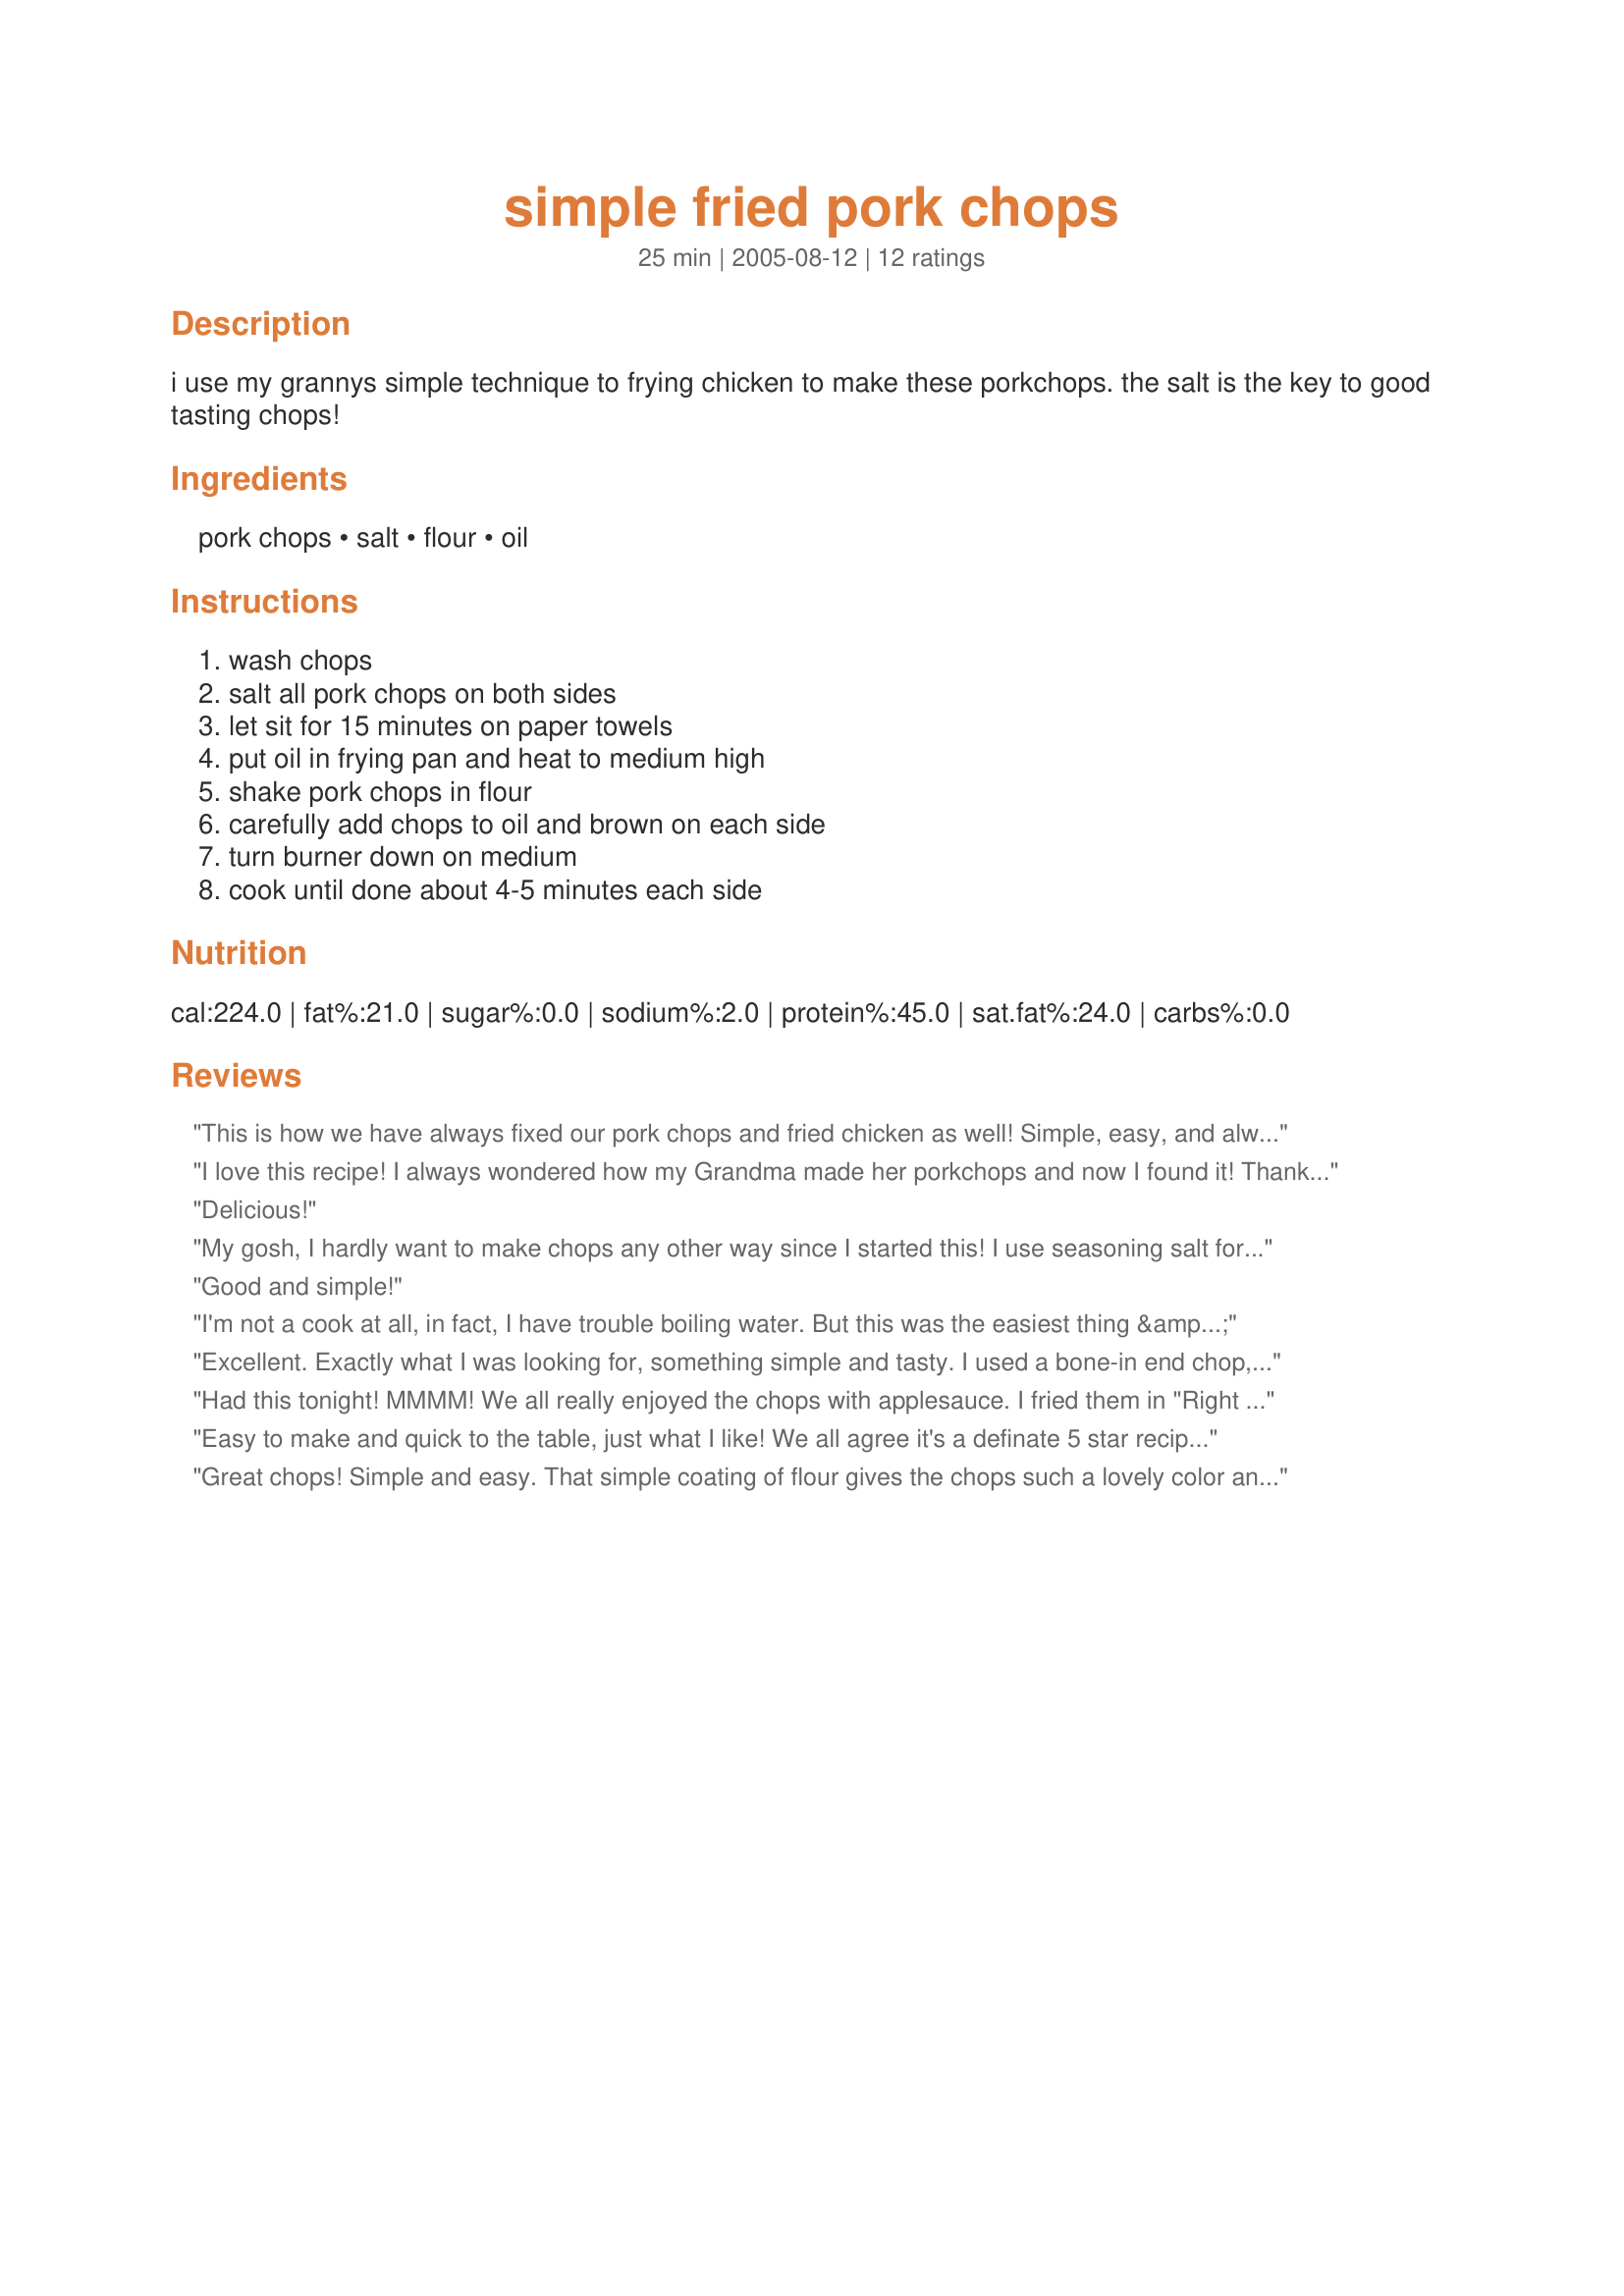
simple fried pork chops
Preparation time: 25 minutes

i use my grannys simple technique to frying chicken to make these porkchops. the salt is the key to good tasting chops!

Ingredients:
pork chops, salt, flour, oil

Steps:
wash chops, salt all pork chops on both sides, let sit for 15 minutes on paper towels, put oil in frying pan and heat to medium high, shake pork chops in flour, carefully add chops to oil and brown on each side, turn burner down on medium, cook until done about 4-5 minutes each side

Reviews:
This is how we have always fixed our pork chops and fried chicken as well! Simple, easy, and always tastes great! Thanks for posting, Chef Mommie!
I love this recipe! I always wondered how my Grandma made her porkchops and now I found it! Thank you.
Delicious!
My gosh, I hardly want to make chops any other way since I started this! I use seasoning salt for the salt and garlic powder. Just sprinkle it on both sides. I have used bacon drippings when I have enough instead of Crisco or even half bacon drippings and half Crisco. They are just superb and man they are juicy. Thanks Forgiven for the simple recipe that simply makes a huge difference!
Good and simple!
I'm not a cook at all, in fact, I have trouble boiling water. But this was the easiest thing & the best thing I've ever made!!! Loved it really simple!
Excellent. Exactly what I was looking for, something simple and tasty. I used a bone-in end chop, added a bit of pepper to the flour, and mazola corn oil for frying. After browning I did have to cook the chop about 10 mins per side on the lowest setting of the biggest burner on my stove, it was tender and still a bit moist. Served with a mixture of potaotes, parsnips and carrots. Perfect comfort food.
Had this tonight! MMMM! We all really enjoyed the chops with applesauce. I fried them in "Right Blend" oil. Thanks for posting.
Easy to make and quick to the table, just what I like! We all agree it's a definate 5 star recipe for simplicity and taste! Had with Fried green tomatoes and cornbread on the side. Yummy din din! Thanks!
Great chops! Simple and easy. That simple coating of flour gives the chops such a lovely color and as for taste ... everyone loved them. Already have requests for a repeat! Thank you for posting, it reminded me of an old fashioned recipe I hadn't made in years!
I tried this yesterday and it tasted nice but the meat was tough and chewy. It could be the pork I got from the butcher's so I don't want to leave a rating. I did tell him to give me thin slices for the frying pan so I'm not sure why it was tough.
Made these for my parents the other night and they really loved them, reminded them of the way my grandmother fried chops back in the day. Simple, easy and delicious. Thanks Chef Mommie.
